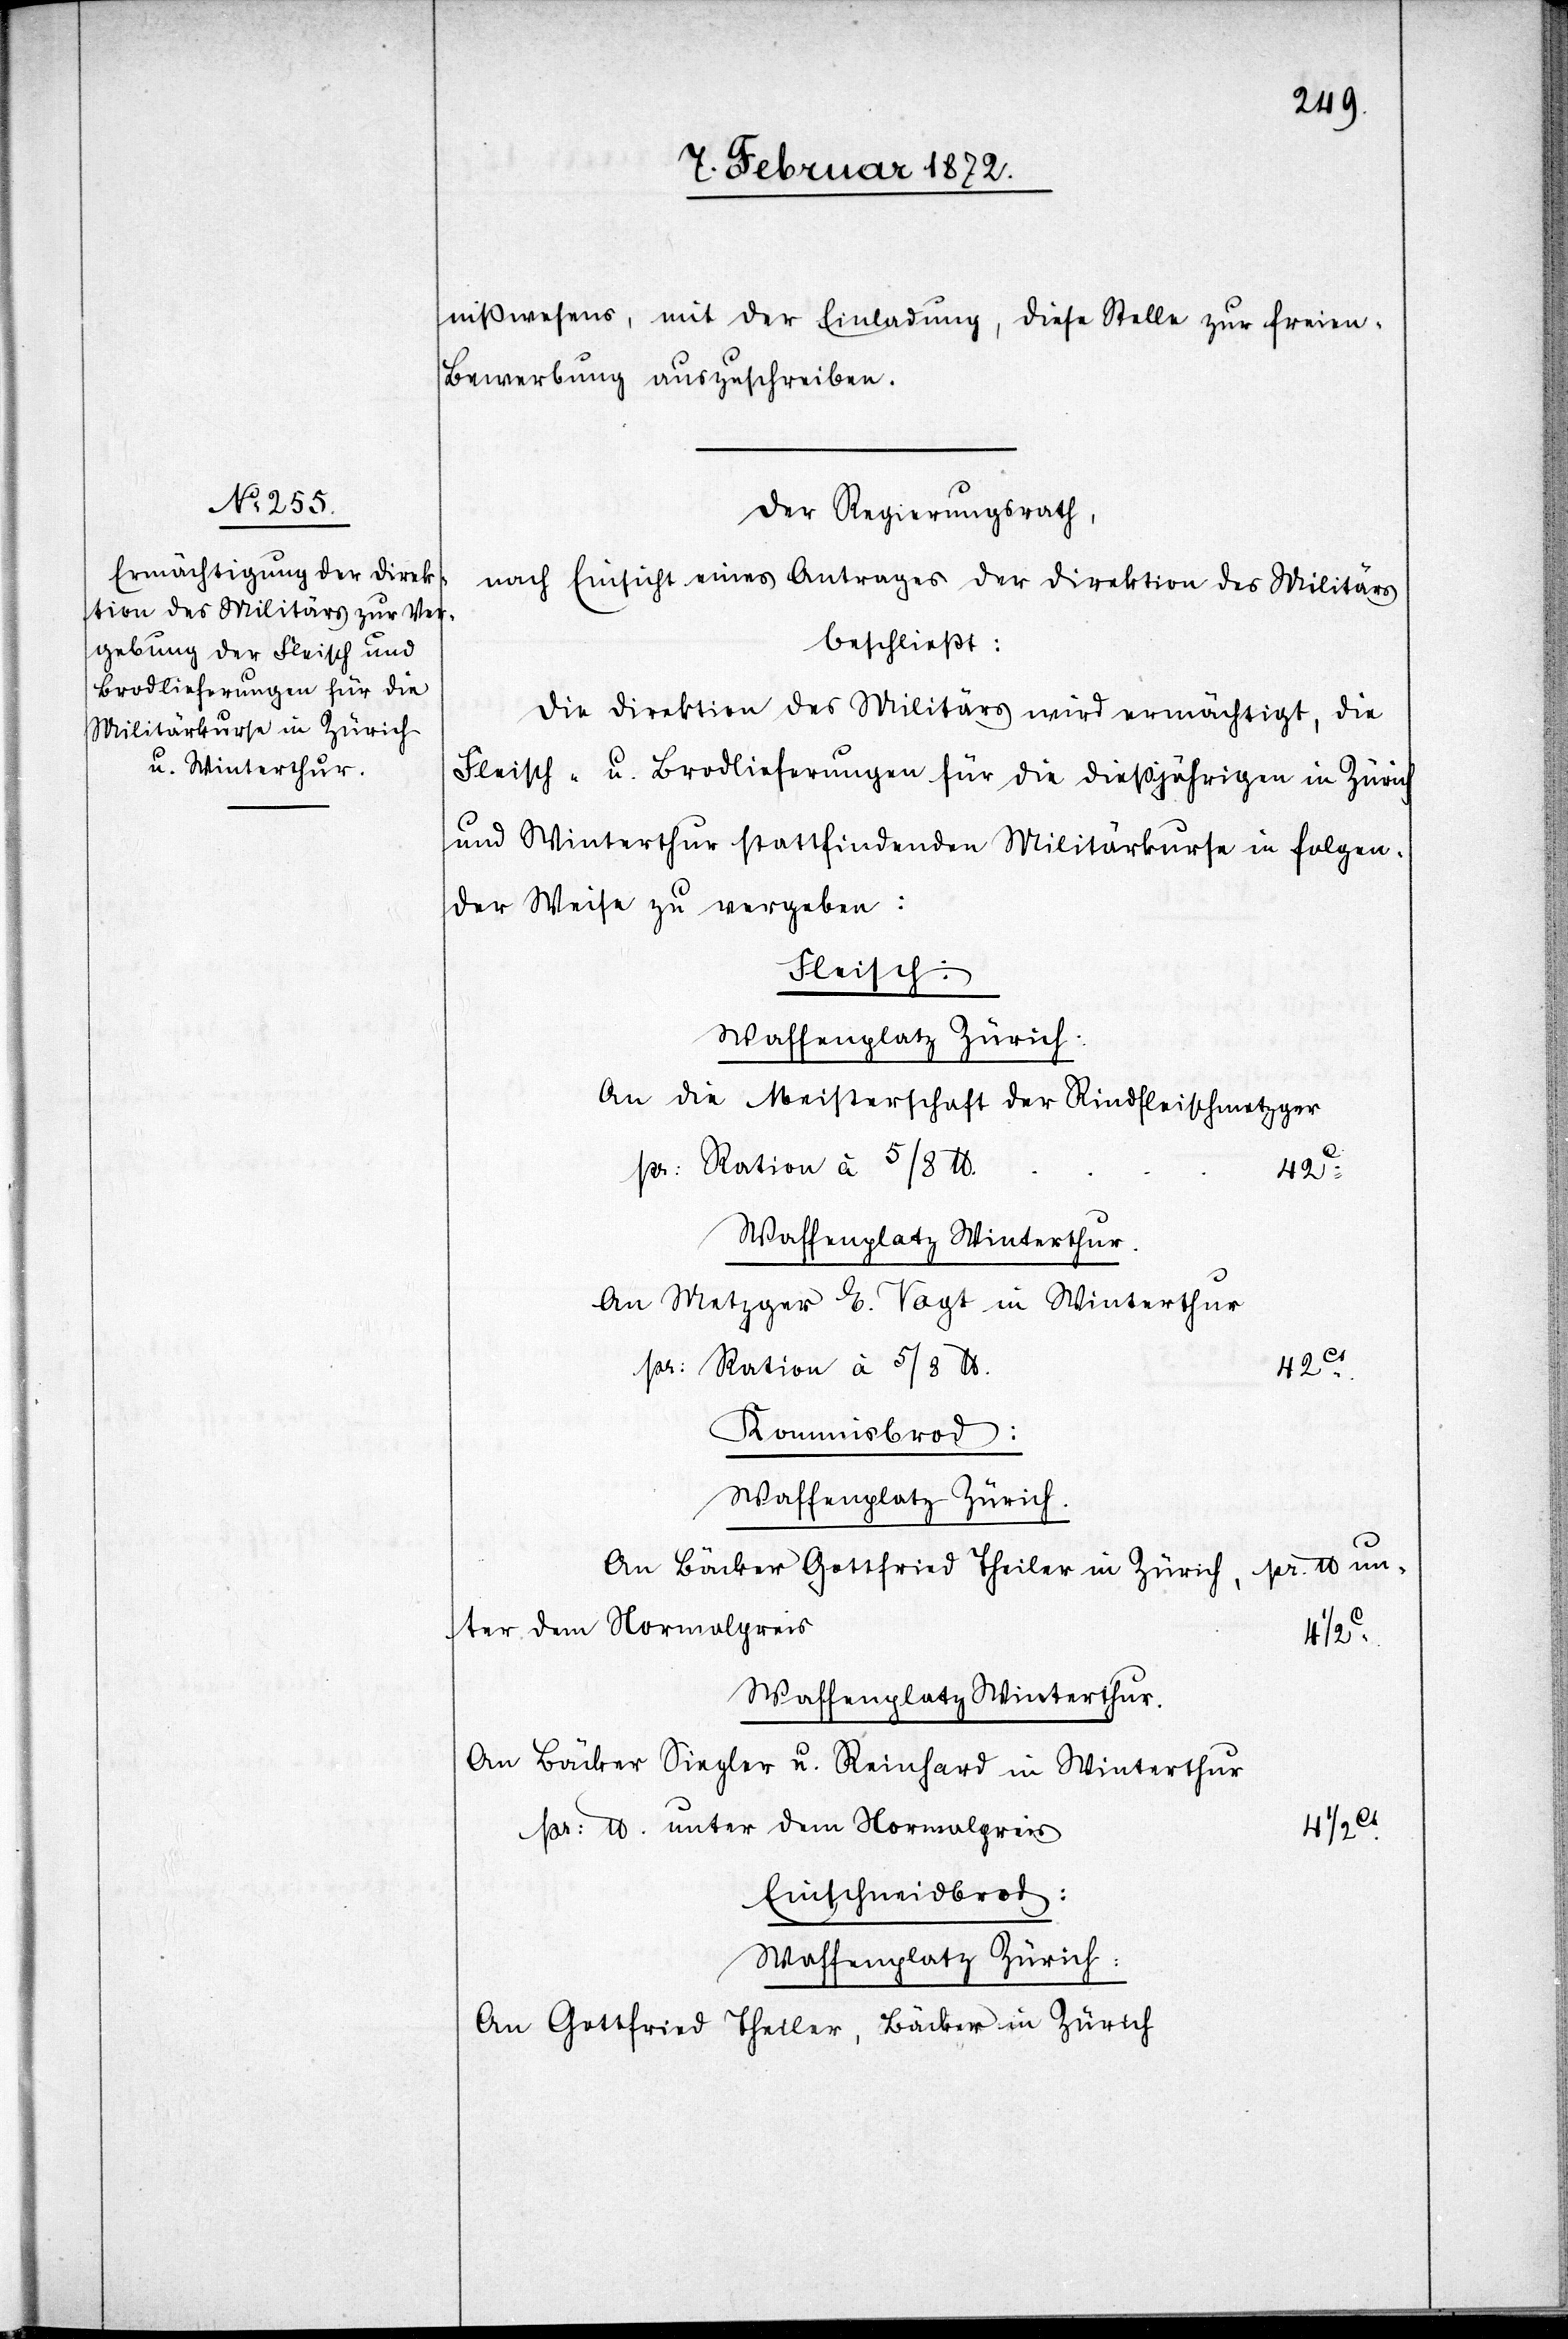
nißwesens, mit der Einladung, diese Stelle zur freien
Bewerbung auszuschreiben.
Der Regierungsrath,
nach Einsicht eines Antrages der Direktion des Militärs
beschließt:
Die Direktion des Militärs wird ermächtigt, die
Fleisch- u. Brodlieferungen für die dießjährigen in Zürich
und Winterthur stattfindenden Militärkurse in folgen¬
der Weise zu vergeben:
Fleisch:
Waffenplatz Zürich.
An die Meisterschaft der Rindfleischmetzger
Waffenplatz Winterthur.
An Metzger E. Vogt in Winterthur
pr. Ration à 5/8 U.
Kommisbrod:
An Bäcker Gottfried Theiler in Zürich,
4 1/2c
Waffenplatz Winterthur.
An Bäcker Siegler u. Reinhard in Winterthur
pr. U. unter dem Normalpreis
4 1/2c
Einschneidbrod:
Waffenplatz Zürich:
An Gottfried Theiler, Bäcker in Zürich